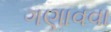
ગણાવવા